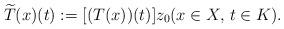
LaTeX: \begin{align*}\widetilde{T} (x)(t) := [(T(x))(t)] z_0 (x \in X, \, t \in K). \end{align*}